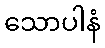
သောပါနံ